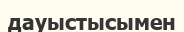
дауыстысымен